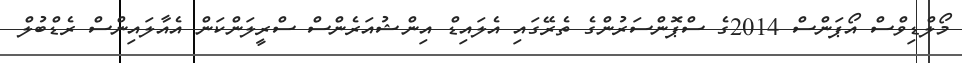
މޯލްޑިވްސް އޯޕަންސް 2014ގެ ސްޕޮންސަރުންގެ ތެރޭގައި އެލައިޑް އިންޝުއަރެންސް ސްރީލަންކަން އެއާލައިންސް ރެޑްބުލް